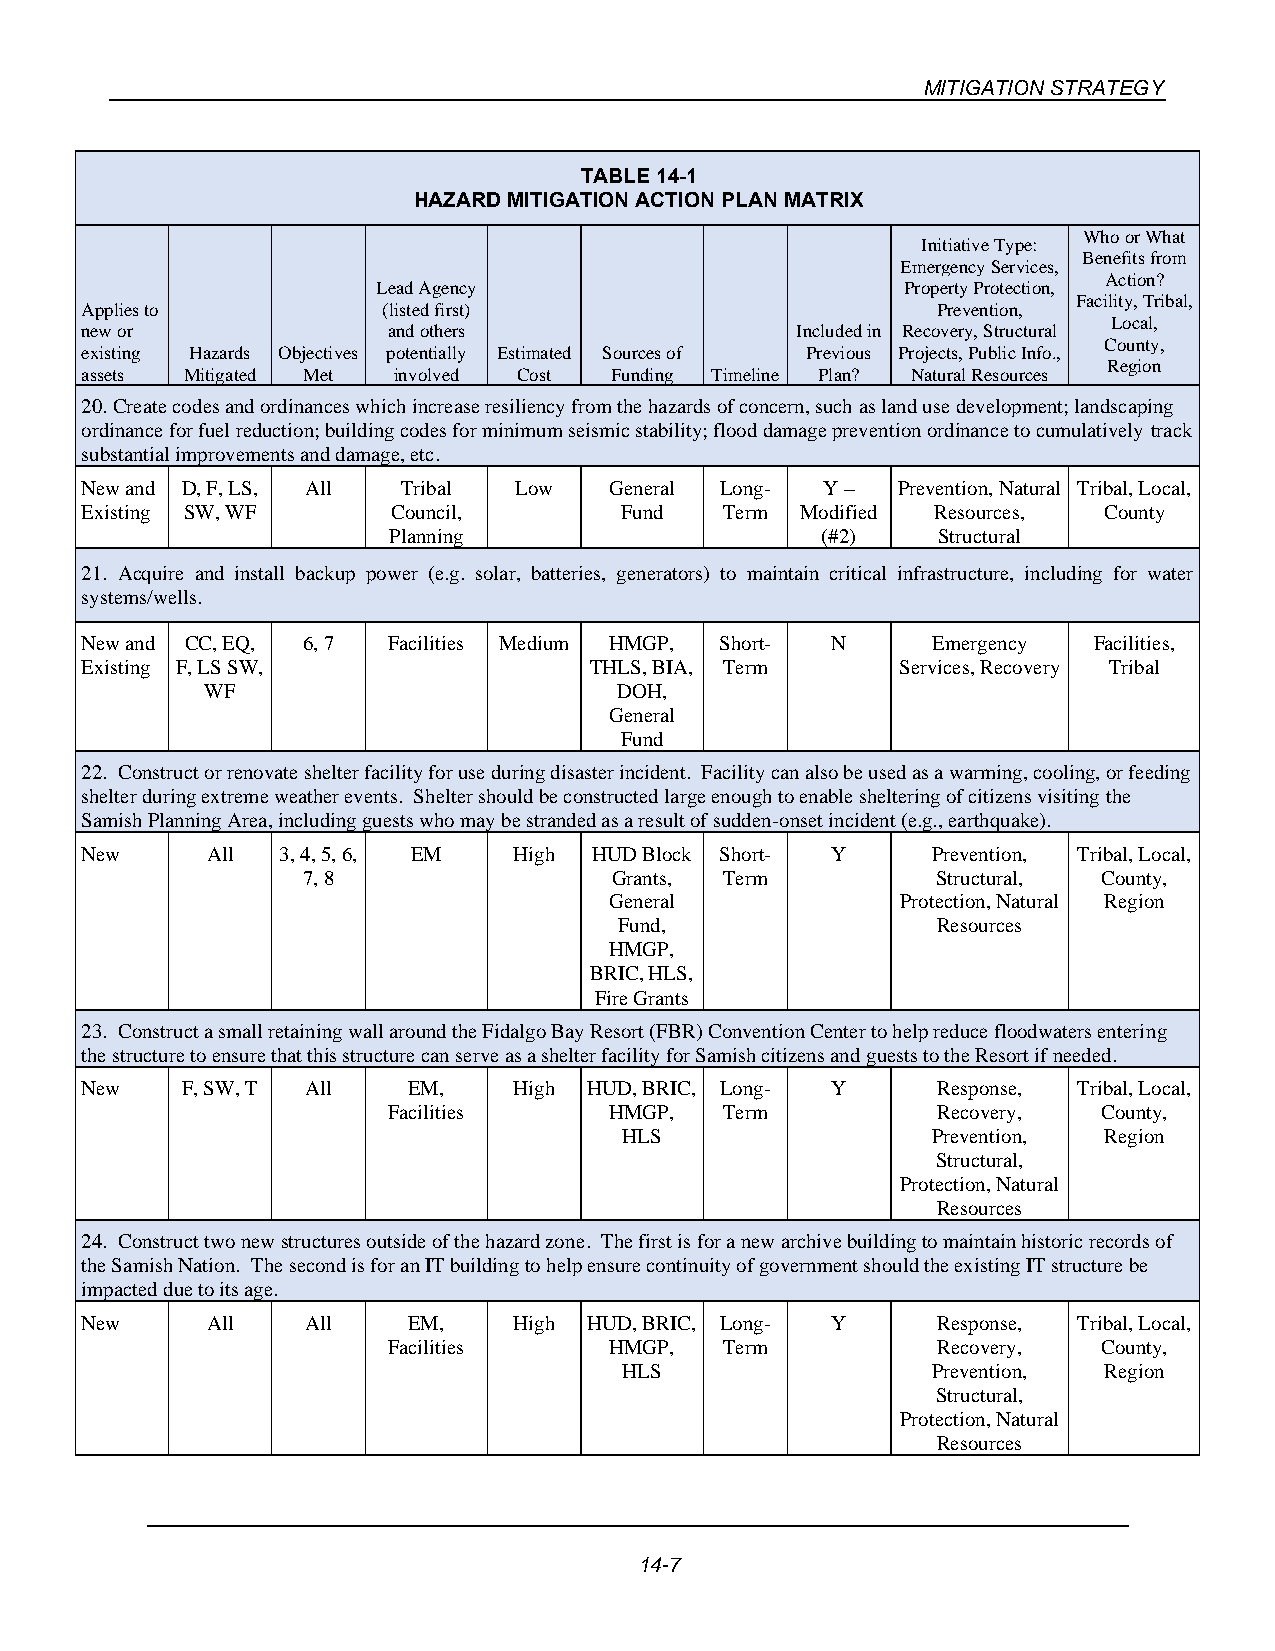
MITIGATION STRATEGY
 TABLE 14-1
 HAZARD MITIGATION ACTION PLAN MATRIX
 Who or What
 Initiative Type:
 Benefits from
 Emergency Services,
 Action?
 Lead Agency                        Property Protection,
 Facility, Tribal,
 Applies to          (listed first)                       Prevention,
 Local,
 new or               and others                 Included in Recovery, Structural
 County,
 existing Hazards Objectives potentially Estimated Sources of Previous Projects, Public Info.,
 Region
 assets Mitigated Met involved Cost Funding Timeline Plan? Natural Resources
 20. Create codes and ordinances which increase resiliency from the hazards of concern, such as land use development; landscaping
 ordinance for fuel reduction; building codes for minimum seismic stability; flood damage prevention ordinance to cumulatively track
 substantial improvements and damage, etc.
 New and D, F, LS, All Tribal Low   General Long-  Y – Prevention, Natural Tribal, Local,
 Existing SW, WF      Council,       Fund   Term Modified Resources, County
 Planning                    (#2)    Structural
 21. Acquire and install backup power (e.g. solar, batteries, generators) to maintain critical infrastructure, including for water
 systems/wells.
 New and CC, EQ, 6, 7 Facilities Medium HMGP, Short- N    Emergency Facilities,
 Existing F, LS SW,                THLS, BIA, Term      Services, Recovery Tribal
 WF                         DOH,
 General
 Fund
 22. Construct or renovate shelter facility for use during disaster incident. Facility can also be used as a warming, cooling, or feeding
 shelter during extreme weather events. Shelter should be constructed large enough to enable sheltering of citizens visiting the
 Samish Planning Area, including guests who may be stranded as a result of sudden-onset incident (e.g., earthquake).
 New      All 3, 4, 5, 6, EM  High HUD Block Short- Y     Prevention, Tribal, Local,
 7, 8                Grants, Term          Structural, County,
 General             Protection, Natural Region
 Fund,                Resources
 HMGP,
 BRIC, HLS,
 Fire Grants
 23. Construct a small retaining wall around the Fidalgo Bay Resort (FBR) Convention Center to help reduce floodwaters entering
 the structure to ensure that this structure can serve as a shelter facility for Samish citizens and guests to the Resort if needed.
 New    F, SW, T All   EM,    High HUD, BRIC, Long- Y     Response, Tribal, Local,
 Facilities    HMGP,   Term          Recovery,  County,
 HLS                  Prevention, Region
 Structural,
 Protection, Natural
 Resources
 24. Construct two new structures outside of the hazard zone. The first is for a new archive building to maintain historic records of
 the Samish Nation. The second is for an IT building to help ensure continuity of government should the existing IT structure be
 impacted due to its age.
 New      All   All    EM,    High HUD, BRIC, Long- Y     Response, Tribal, Local,
 Facilities    HMGP,   Term          Recovery,  County,
 HLS                  Prevention, Region
 Structural,
 Protection, Natural
 Resources
 14-7